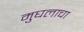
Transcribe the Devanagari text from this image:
मुघलाचा